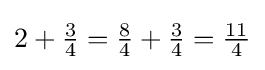
2+{\tfrac {3}{4}}={\tfrac {8}{4}}+{\tfrac {3}{4}}={\tfrac {11}{4}}